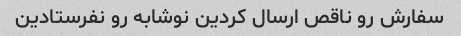
سفارش رو ناقص ارسال کردین نوشابه رو نفرستادین